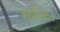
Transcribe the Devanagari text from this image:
शरीक।